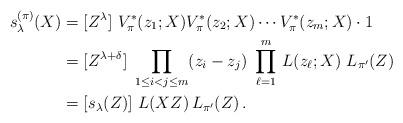
LaTeX: \begin{align*} s^{(\pi)}_\lambda(X) &= [Z^\lambda]\ V^*_\pi(z_1;X) V^*_\pi(z_2;X) \cdots V^*_\pi(z_m;X)\cdot 1 \cr &= [Z^{\lambda+\delta}]\ \prod_{1\le i<j\le m} (z_i-z_j)\ \prod_{\ell=1}^m\, L(z_\ell;X)\ L_{\pi'}(Z) \cr&= [s_\lambda(Z)] \ L(XZ)\,L_{\pi'}(Z) \,.\end{align*}